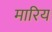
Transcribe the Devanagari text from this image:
मारिय